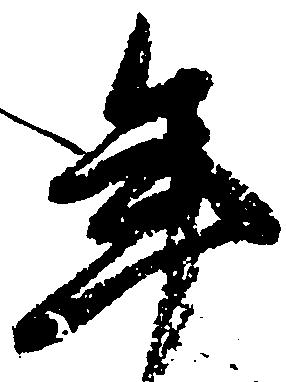
年